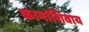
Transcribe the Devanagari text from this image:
कामांशिवाय